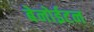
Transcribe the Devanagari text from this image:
बेनोईटन